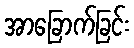
အာခြောက်ခြင်း